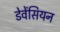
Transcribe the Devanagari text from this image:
डेवेंसियन